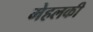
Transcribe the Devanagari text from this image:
मेहलकी